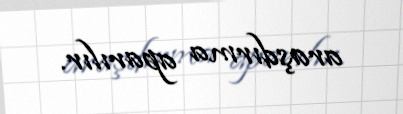
araşdırma aparılır.